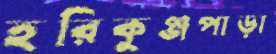
হরিকুঞ্জপাড়া